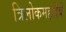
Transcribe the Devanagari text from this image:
त्रिलोकमहादेवी